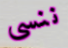
ننسى